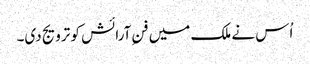
اُس نے ملک میں فنِ آرائش کو ترویج دی۔